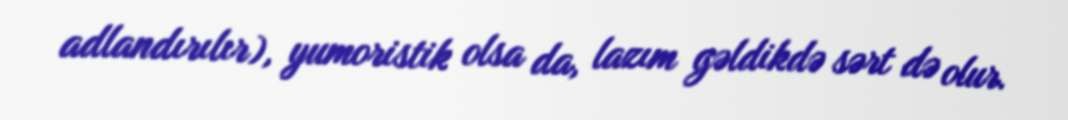
adlandırılır), yumoristik olsa da, lazım gəldikdə sərt də olur.